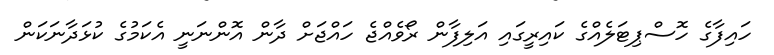
ހައިފާގެ ހޮސްޕިޓަލެއްގެ ކައިރީގައި އަލިފާން ރޯވެއްޖެ ހައްޖަށް ދާން އޮންނަނީ އެކަމުގެ ކުޅަދާނަކަން